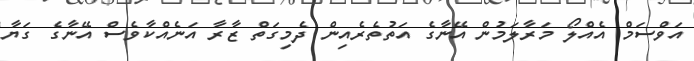
އަވްސަމް އެއްލޯ މަރާލަމުން އޭނާގެ އަތުތެރެއިން ދެމިގަތް ޒާރާ އަނެއްކާވެސް އޭނާގެ ގަޔާ